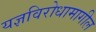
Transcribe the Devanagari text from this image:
यज्ञविरोधामागील